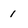
Character: 1